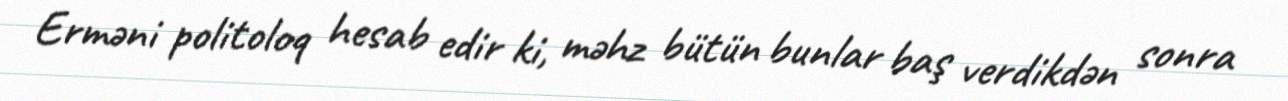
Erməni politoloq hesab edir ki, məhz bütün bunlar baş verdikdən sonra